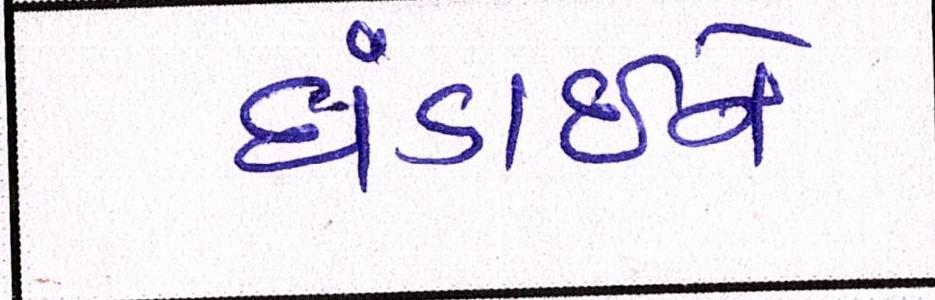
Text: દાંડાઈને